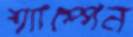
শ্যাম্পেন